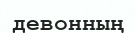
девонның